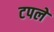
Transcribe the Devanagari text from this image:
टपले